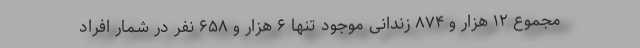
مجموع ۱۲ هزار و ۸۷۴ زندانی موجود تنها ۶ هزار و ۶۵۸ نفر در شمار افراد